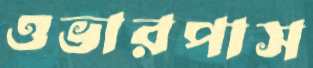
ওভারপাস